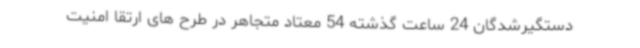
دستگیرشدگان 24 ساعت گذشته 54 معتاد متجاهر در طرح های ارتقا امنیت